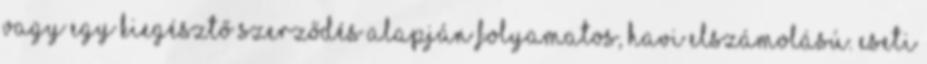
vagy egy kiegésztő szerződés alapján folyamatos, havi elszámolású. Eseti